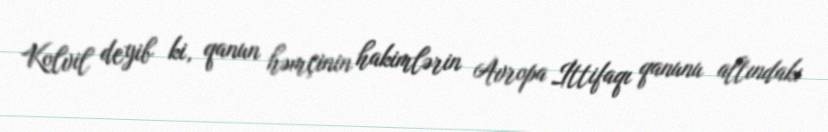
Kolvil deyib ki, qanun həmçinin hakimlərin Avropa İttifaqı qanunu altındakı